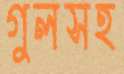
গুলসহ